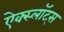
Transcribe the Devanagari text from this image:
ऐक्स्लॉट्स